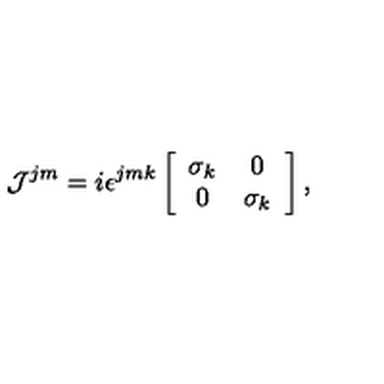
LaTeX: { \cal J } ^ { j m } = i \epsilon ^ { j m k } \left[ \begin{array} { c c } { \sigma _ { k } } & { 0 } \\ { 0 } & { \sigma _ { k } } \\ \end{array} \right] ,